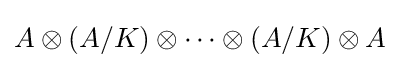
A\otimes (A/K)\otimes \cdots \otimes (A/K)\otimes A